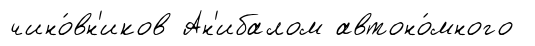
чино́вн'иков Ан'ибалом автоно́много